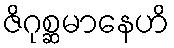
ဇိဂုစ္ဆမာနေဟိ